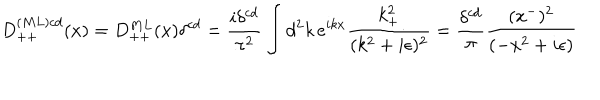
D _ { + + } ^ { ( M L ) c d } ( x ) = D _ { + + } ^ { M L } ( x ) \delta ^ { c d } = { \frac { i \delta ^ { c d } } { \pi ^ { 2 } } } \int d ^ { 2 } k \, e ^ { i k x } { \frac { k _ { + } ^ { 2 } } { ( k ^ { 2 } + i \epsilon ) ^ { 2 } } } = { \frac { \delta ^ { c d } } { \pi } } { \frac { ( x ^ { - } ) ^ { 2 } } { ( - x ^ { 2 } + i \epsilon ) } } \